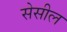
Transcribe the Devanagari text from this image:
सेसील